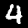
Label: 4